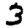
Digit: 3